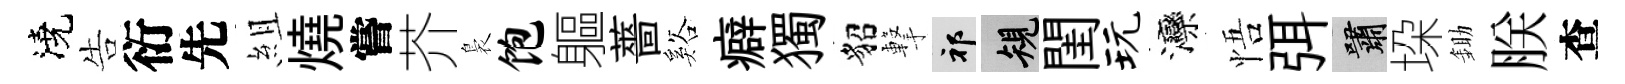
澆告衍先組燒嘗芥裊饱軀薔谿癖獨貂撃祁規閨玩灤悟弭嘯垜鋤朕查